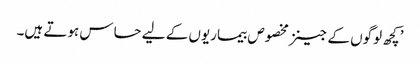
’کچھ لوگوں کے جینز مخصوص بیماریوں کے لیے حساس ہوتے ہیں۔